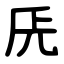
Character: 兏